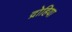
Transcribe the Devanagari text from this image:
द्रोहिया